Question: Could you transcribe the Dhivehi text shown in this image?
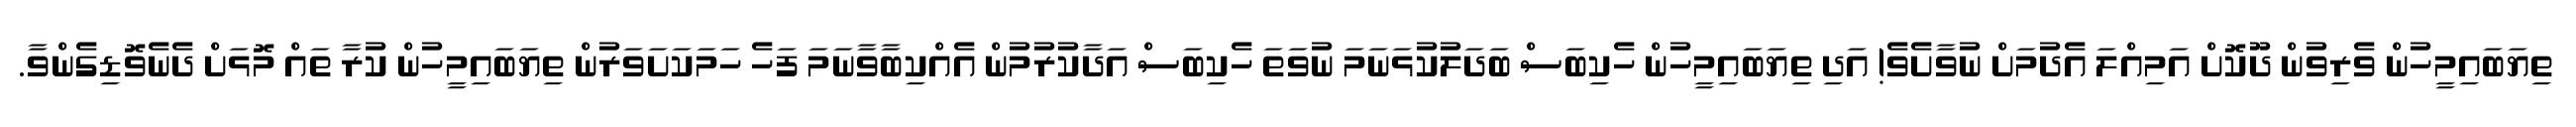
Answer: ތިޔަބައިމީހުން ވެރިވުން ދޫކޮށް އަމިއްލަ އެދުމަށް ނުވާށެވެ! އަދި ތިޔަބައިމީހުން ހެކިބަސް ބަދަލުކުޅަނަމަ ނުވަތަ ހެކިބަސް އަދާކުރުމުން އެއްކިބާވާނަމަ ފަހެ ހަމަކަށަވަރުން ތިޔަބައިމީހުން ކުރާ ތައް މޮޅަށް ދެނެވޮޑިގެންވާ.